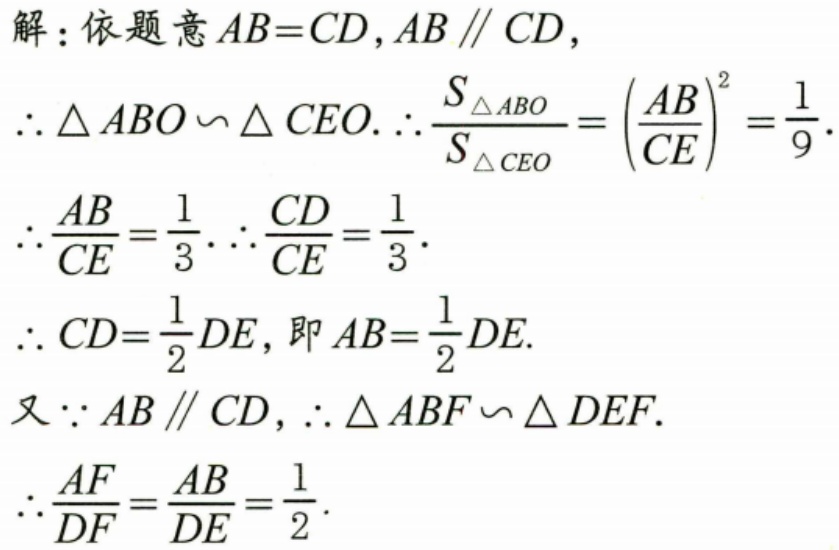
解：依题意$AB = CD,AB\parallel CD$，
$\therefore\triangle ABO\sim\triangle CEO.$ $\therefore\frac{S_{\triangle ABO}}{S_{\triangle CEO}}=\left(\frac{AB}{CE}\right)^{2}=\frac{1}{9}.$
$\therefore\frac{AB}{CE}=\frac{1}{3}.$ $\therefore\frac{CD}{CE}=\frac{1}{3}.$
$\therefore CD=\frac{1}{2}DE$，即$AB=\frac{1}{2}DE.$
又$\because AB\parallel CD$，$\therefore\triangle ABF\sim\triangle DEF.$
$\therefore\frac{AF}{DF}=\frac{AB}{DE}=\frac{1}{2}.$